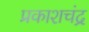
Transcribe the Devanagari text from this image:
प्रकाशचंद्र